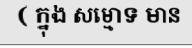
( ក្នុង សម្មោទ មាន